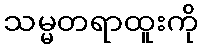
သမ္မတရာထူးကို